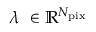
\lambda \ \in \mathbb { R } ^ { N _ { \mathrm { p i x } } }